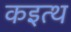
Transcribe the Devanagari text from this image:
कइत्थ